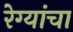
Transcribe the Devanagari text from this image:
रेग्यांचा